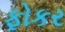
ફોકર